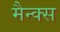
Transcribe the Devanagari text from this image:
मैन्क्स